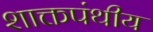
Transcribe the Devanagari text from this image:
शाक्तपंथीय